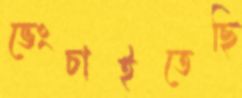
ভেংচাইতেছি